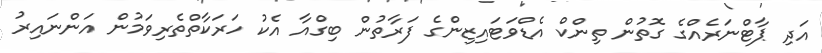
އަދި ޕާޓްނަރެއްގެ ގޮތުން ތިންކް އެޑްވަޓައިޒިންގެ ފަރާތުން ބިގްއާ އެކު ހަރަކާތްތެރިވަމުން އަންނައިރު